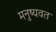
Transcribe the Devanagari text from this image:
मनुष्यवत